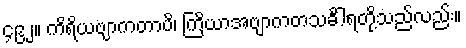
၄၉၂။ ကိရိယဗျာကတာပိ၊ ကြိယာအဗျာကတသင်္ခါရတို့သည်လည်း။